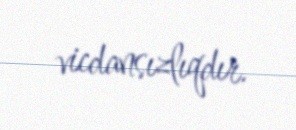
vicdansızlıqdır.